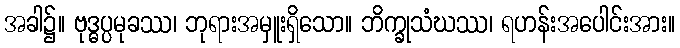
အခါ၌။ ဗုဒ္ဓပ္ပမုခဿ၊ ဘုရားအမှူးရှိသော။ ဘိက္ခုသံဃဿ၊ ရဟန်းအပေါင်းအား။